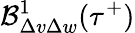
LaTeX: \mathcal{B}_{\Delta v\Delta w}^{1}(\tau^{+})